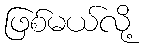
ဖြစ်မယ်လို့